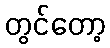
တွင်တော့